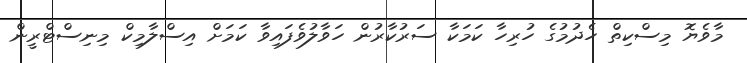
މާވެޔޮ މިސްކިތް ހެދުމުގެ ހުރިހާ ކަމަކާ ސަރުކާރުން ހަވާލުވެފައިވާ ކަމަށް އިސްލާމިކް މިނިސްޓްރީން